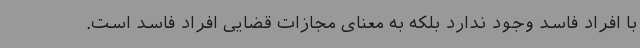
با افراد فاسد وجود ندارد بلکه به معنای مجازات قضایی افراد فاسد است.